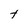
Character: t